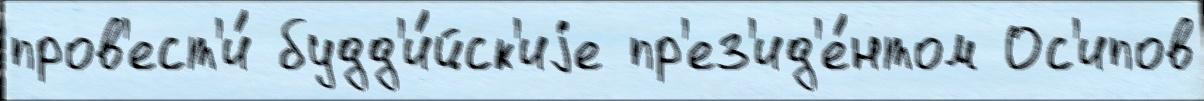
пров'ест'и́ будд'и́йск'иjе пр'ез'ид'е́нтом Ос'ипов